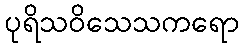
ပုရိသဝိသေသကရော